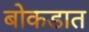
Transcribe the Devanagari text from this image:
बोकडात